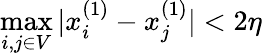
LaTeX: \operatorname*{max}_{i,j\in V}|x_{i}^{(1)}-x_{j}^{(1)}|<2\eta